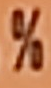
%